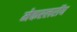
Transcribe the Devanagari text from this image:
मेकएलरॉय